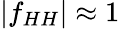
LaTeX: \begin{array}{r}{\left|f_{HH}\right|\approx 1}\end{array}